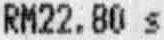
RM22.80 S